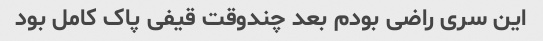
این سری راضی بودم بعد چندوقت قیفی پاک کامل بود